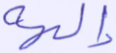
إلهه